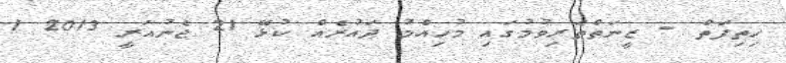
ހިިތިފަތް - ޒީނަތްތެރިވުމުގައި މުހިއްމު ދައުރެއް ކުޅޭ 21 ޖެނުއަރީ 2013 1